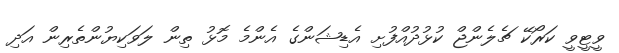
ވީޓީވީ ކަރޯކޭ ޗެލެންޖް ކުޅުދުއްފުށި އެޑިޝަންގެ އެންމެ މޮޅު ތިން ލަވަކިޔުންތެރިން އަދި